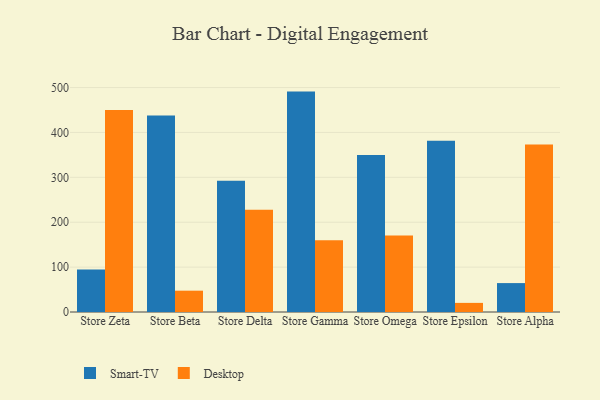
{"axis": {"x": "Store", "y": "LTV (USD)"}, "legend": ["Desktop", "Smart-TV"], "data": [{"x": "Store Zeta", "y": 94.9, "type": "Smart-TV"}, {"x": "Store Zeta", "y": 449.9, "type": "Desktop"}, {"x": "Store Beta", "y": 437.9, "type": "Smart-TV"}, {"x": "Store Beta", "y": 47.5, "type": "Desktop"}, {"x": "Store Delta", "y": 292.4, "type": "Smart-TV"}, {"x": "Store Delta", "y": 228.0, "type": "Desktop"}, {"x": "Store Gamma", "y": 491.0, "type": "Smart-TV"}, {"x": "Store Gamma", "y": 159.6, "type": "Desktop"}, {"x": "Store Omega", "y": 350.0, "type": "Smart-TV"}, {"x": "Store Omega", "y": 170.6, "type": "Desktop"}, {"x": "Store Epsilon", "y": 381.6, "type": "Smart-TV"}, {"x": "Store Epsilon", "y": 20.3, "type": "Desktop"}, {"x": "Store Alpha", "y": 64.4, "type": "Smart-TV"}, {"x": "Store Alpha", "y": 373.0, "type": "Desktop"}]}